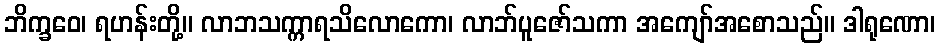
ဘိက္ခဝေ၊ ရဟန်းတို့။ လာဘသက္ကာရသိလောကော၊ လာဘ်ပူဇော်သကာ အကျော်အစောသည်။ ဒါရုဏော၊